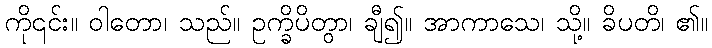
ကို၎င်း။ ဝါတော၊ သည်။ ဥက္ခိပိတွာ၊ ချီ၍။ အာကာသေ၊ သို့။ ခိပတိ၊ ၏။